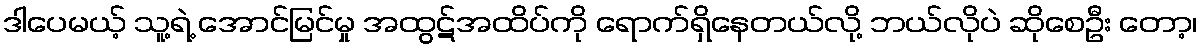
ဒါပေမယ့် သူ့ရဲ့ အောင်မြင်မှု အထွဋ်အထိပ်ကို ရောက်ရှိနေတယ်လို့ ဘယ်လိုပဲ ဆိုစေဦး တော့၊